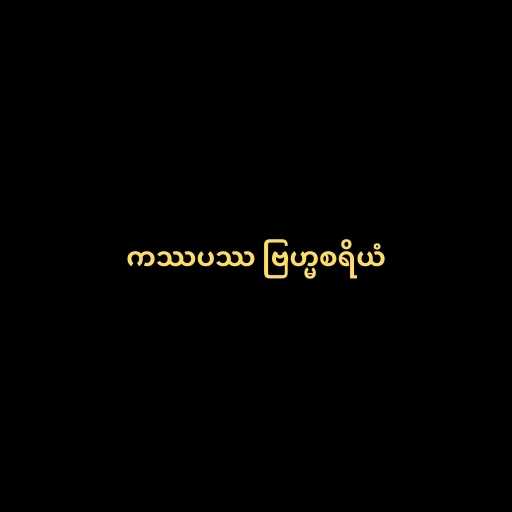
ကဿပဿ ဗြဟ္မစရိယံ